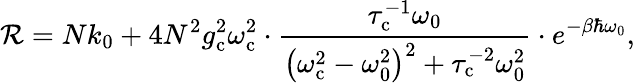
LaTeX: \mathcal{R}=Nk_{0}+{4N^{2}g_{\mathrm{c}}^{2}\omega_{\mathrm{c}}^{2}}\cdot\frac{\tau_{\mathrm{c}}^{-1}\omega_{0}}{\left(\omega_{\mathrm{c}}^{2}-\omega_{0}^{2}\right)^{2}+\tau_{\mathrm{c}}^{-2}\omega_{0}^{2}}\cdot e^{-\beta\hbar\omega_{0}},